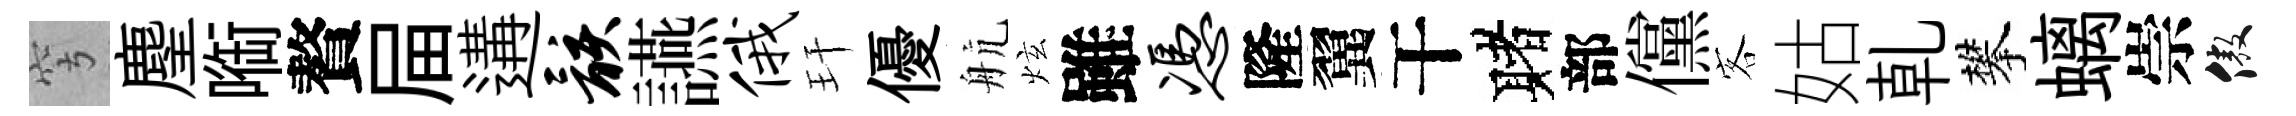
穹麈㗸贅屇遘骸讌俄玕優航炫雖凭隆翼干赌部儻客姑乹攀螭崇傲